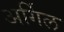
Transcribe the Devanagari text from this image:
अर्गिल